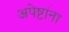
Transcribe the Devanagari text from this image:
अपेष्टांना